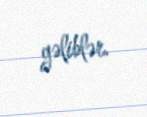
gəliblər.